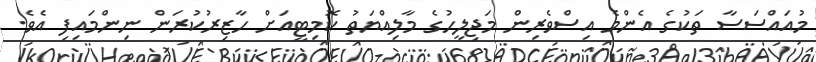
މުއައްސަސާ ތަކުގެ އެންމެ އިސްވެރިން މަޖިލީހުގެ މާލިއްޔަތު ކޮމިޓީއަށް ހާޒިރުކުރަން ނިންމައިފި އެވެ.